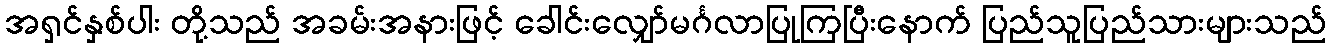
အရှင်နှစ်ပါး တို့သည် အခမ်းအနားဖြင့် ခေါင်းလျှော်မင်္ဂလာပြုကြပြီးနောက် ပြည်သူပြည်သားများသည်